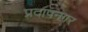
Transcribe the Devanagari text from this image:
प्रदापनगर